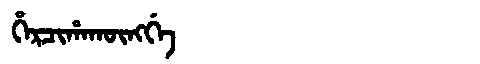
Manchu: ᡥᡝᡵᠴᡳᡥᠠᡴᡡᠩᡤᡝ
Romanization: HERCIHAKŪNGGE